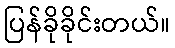
ပြန်ခိုခိုင်းတယ်။